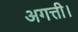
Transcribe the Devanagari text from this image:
अगत्ती।